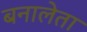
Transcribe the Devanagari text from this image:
बनालेता